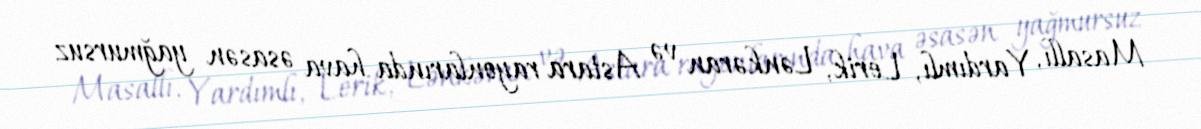
Masallı, Yardımlı, Lerik, Lənkəran və Astara rayonlarında hava əsasən yağmursuz